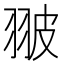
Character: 翍